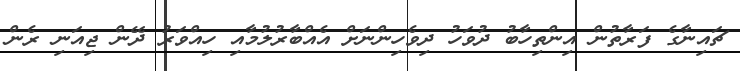
ޗައިނާގެ ފަރާތުން އިންތިހާބު ދުވަހު ދިވެހިންނަށް އެއްބާރުލުމާއި ހިއްވަރު ދޭން ޖިއަނި ރެން